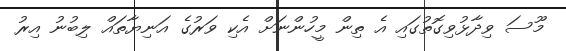
މޫސަ ވިދާޅުވިގޮތުގައި އެ ތިން މީހުންނަށް އެކި ވަރުގެ އަނިޔާތައް ލިބުނު އިރު